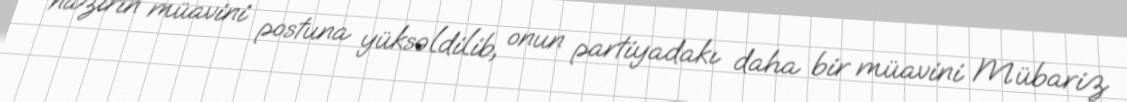
nazirin müavini postuna yüksəldilib, onun partiyadakı daha bir müavini Mübariz